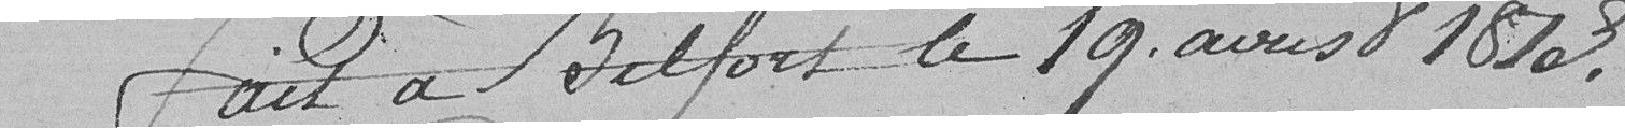
Fait à Belfort le 19 août 1813